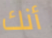
أنك